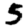
Digit: 5